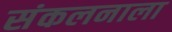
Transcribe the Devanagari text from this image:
संकलनाला